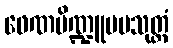
ဖေဏပိဏ္ဍူပမသုတ္တံ